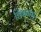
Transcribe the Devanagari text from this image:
शिंगनपुर